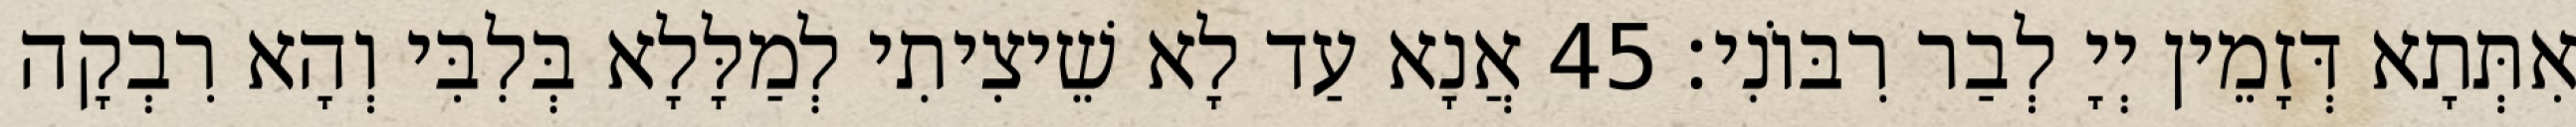
אִתְּתָא דְּזָמֵין יְיָ לְבַר רִבּוֹנִי׃ 45 אֲנָא עַד לָא שֵׁיצִיתִי לְמַלָּלָא בְּלִבִּי וְהָא רִבְקָה